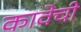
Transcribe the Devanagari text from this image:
कावेची